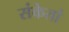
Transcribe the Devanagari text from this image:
संकेतां